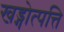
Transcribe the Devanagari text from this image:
खड्गोत्पत्ति